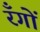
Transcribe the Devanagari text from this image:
रँगों